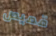
قميص